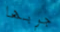
جربها